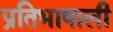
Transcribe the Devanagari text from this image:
प्रतिभाषाली